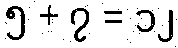
၅ + ၇ = ၁၂